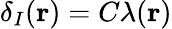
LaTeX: \delta_{I}(\mathbf{r})=C\lambda(\mathbf{r})